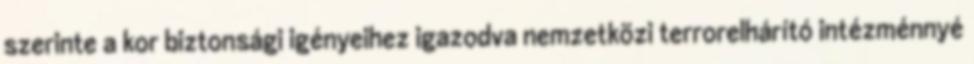
szerinte a kor biztonsági igényeihez igazodva nemzetközi terrorelhárító intézménnyé